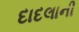
દાદલાની